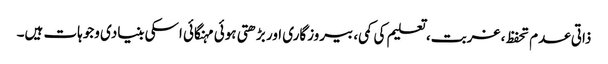
ذاتی عدم تحفظ، غربت، تعلیم کی کمی، بیروزگاری اور بڑھتی ہوئی مہنگائی اسکی بنیادی وجوہات ہیں۔